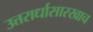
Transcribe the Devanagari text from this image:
उत्तरार्धासारखाच